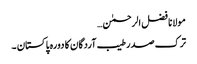
مولانا فضل الرحمٰن…
ترک صدر طیب آردگان کا دورہ پاکستان ۔